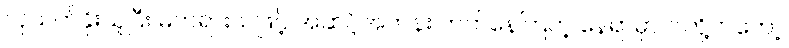
လုယက်ခိုးယူပြီး မတရားသဖြင့် အဆင့်အတန်း တက်နေကြတဲ့ နေရာမှာ ငါတို့ကတော့